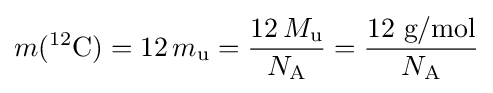
m({}^{12}{\text{C}})=12\,m_{\text{u}}={\frac {12\,M_{\text{u}}}{N_{\text{A}}}}={\frac {12{\text{ g/mol}}}{N_{\text{A}}}}